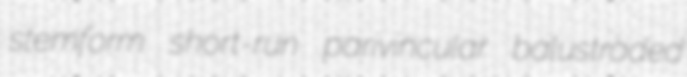
stemform short-run parivincular balustraded